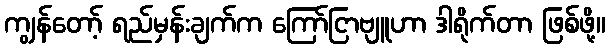
ကျွန်တော့် ရည်မှန်းချက်က ကြော်ငြာဗျူဟာ ဒါရိုက်တာ ဖြစ်ဖို့။